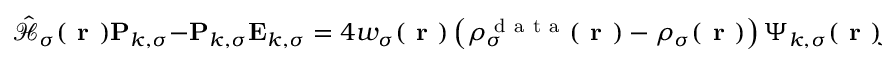
\hat { \mathcal { { H } } } _ { \sigma } ( \boldsymbol { \textbf { r } } ) \mathbf { P } _ { k , \sigma } - \mathbf { P } _ { k , \sigma } \mathbf { E } _ { k , \sigma } = 4 w _ { \sigma } ( \boldsymbol { \textbf { r } } ) \left( \rho _ { \sigma } ^ { \mathrm { ~ d ~ a ~ t ~ a ~ } } ( \boldsymbol { \textbf { r } } ) - \rho _ { \sigma } ( \boldsymbol { \textbf { r } } ) \right) \boldsymbol { \Psi } _ { k , \sigma } ( \boldsymbol { \textbf { r } } ) f ( \mathbf { E } _ { k , \sigma } ) - \boldsymbol { \Psi } _ { k , \sigma } ( \boldsymbol { \textbf { r } } ) \left( \mathbf { D } _ { k , \sigma } + \mathbf { D } _ { k , \sigma } ^ { \mathrm { ~ T ~ } } \right) \, ,